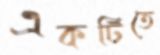
একটিতে